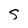
Character: S